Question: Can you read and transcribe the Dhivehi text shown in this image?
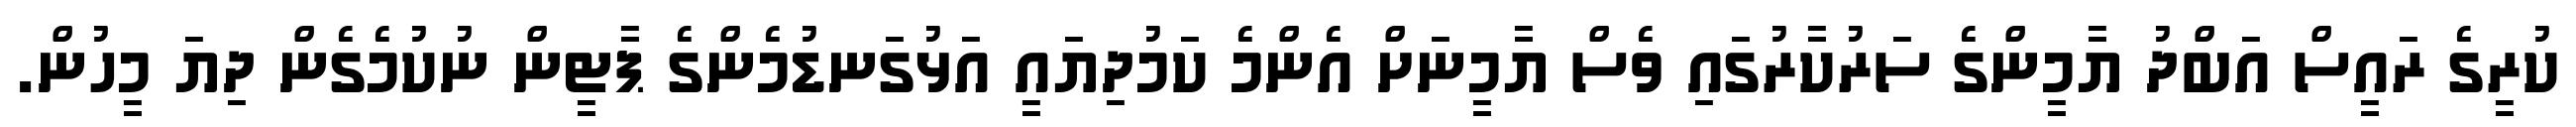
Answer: ކުރީގެ ރައީސް އަބްދު ޔާމީންގެ ސަރުކާރުގައި ވެސް ޔާމީނަށް އެންމެ ކަމުދިޔައީ އަޅުގަނޑުމެންގެ ޕާޓީން ނުކުމެގެން ދިޔަ މީހުން.